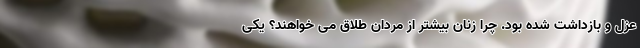
عزل و بازداشت شده‌ بود. چرا زنان بیشتر از مردان طلاق می خواهند؟ یکی